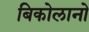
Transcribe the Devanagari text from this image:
बिकोलानो